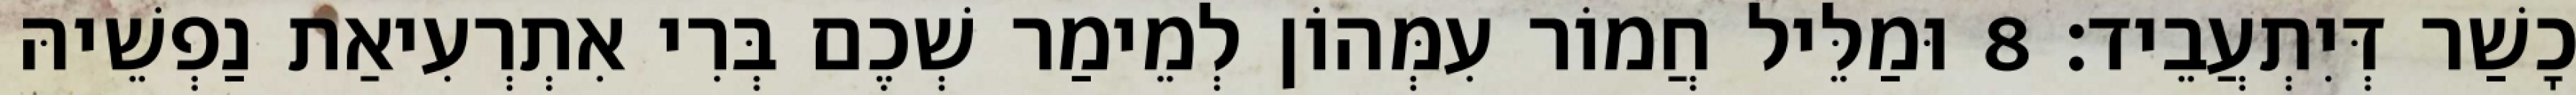
כָשַׁר דְּיִתְעֲבֵיד׃ 8 וּמַלֵּיל חֲמוֹר עִמְּהוֹן לְמֵימַר שְׁכֶם בְּרִי אִתְרְעִיאַת נַפְשֵׁיהּ